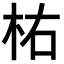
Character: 𣐞